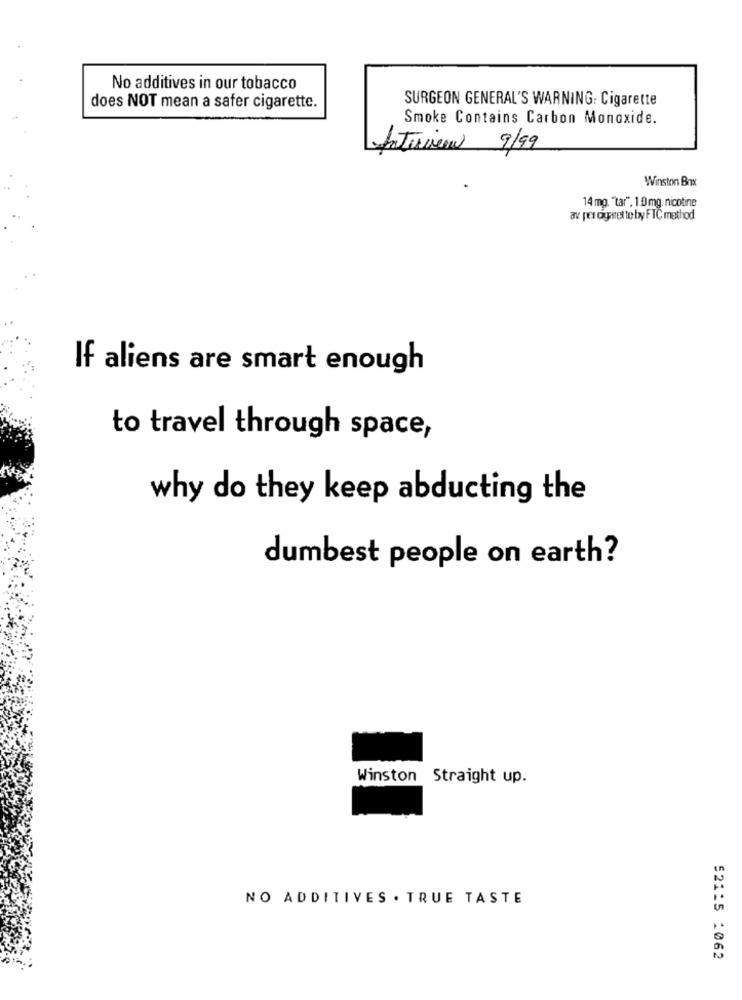
No additives in our tobacco
SURGEON GENERAL'S WARNING: Cigarette
does NOT mean a safer cigarette.
Smoke Contains Carbon Monoxide.
Interview 9/99
Winston Box
14 mg. "tar". 1.0 mg. nicotine
av. per cigaret to by FTC method
If aliens are smart enough
to travel through space,
why do they keep abducting the
dumbest people on earth?
Winston Straight up.
NO ADDITIVES . TRUE TASTE
52115 :062